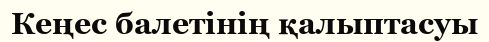
Кеңес балетінің қалыптасуы